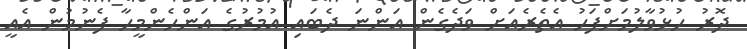
ދޮރު ހުޅުވާލުމަށްފަހު އެތެރެއަށް ވަދެގެން އަންނަ ދެބައި އުމުރުގެ އަންހެންމީހާ ފެނުމުން އެއީ